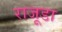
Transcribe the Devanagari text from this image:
राजूडा